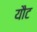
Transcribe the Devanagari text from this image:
यौट